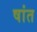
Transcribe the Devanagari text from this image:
षांत